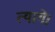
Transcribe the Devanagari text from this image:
त्यागें।